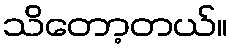
သိတော့တယ်။